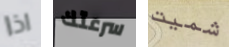
اذا سرعتك شميت